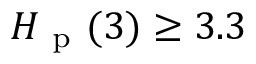
H _ { \mathrm { ~ p ~ } } ( 3 ) \geq 3 . 3